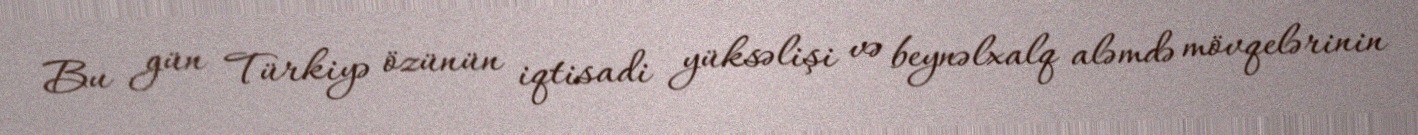
Bu gün Türkiyə özünün iqtisadi yüksəlişi və beynəlxalq aləmdə mövqelərinin